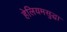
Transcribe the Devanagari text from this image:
हेलियमसुद्धा